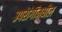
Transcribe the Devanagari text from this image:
उपरांगांमधील